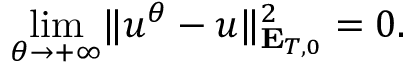
\underset { \theta \rightarrow + \infty } { \operatorname* { l i m } } \Vert u ^ { \theta } - u \Vert _ { \mathbf { E } _ { T , 0 } } ^ { 2 } = 0 .